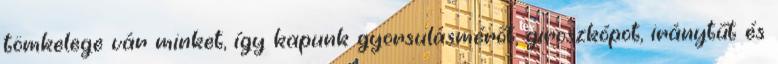
tömkelege vár minket, így kapunk gyorsulásmérőt, giroszkópot, iránytűt és